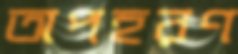
অপহরণ